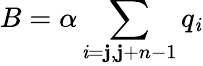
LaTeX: B=\alpha\sum_{\mathit{i}=\mathbf{j},\mathbf{j}+n-1}q_{\mathit{i}}